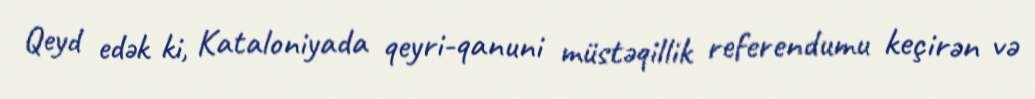
Qeyd edək ki, Kataloniyada qeyri-qanuni müstəqillik referendumu keçirən və